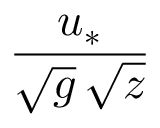
\frac { u _ { * } } { \sqrt { g } \, \sqrt { z } }